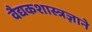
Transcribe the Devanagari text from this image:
वैद्यकशास्त्रज्ञाने